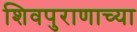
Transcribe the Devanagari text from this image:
शिवपुराणाच्या